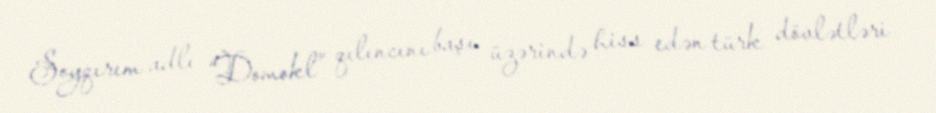
Soyqırım adlı “Domokl” qılıncını başı üzərində hiss edən türk dövlətləri